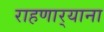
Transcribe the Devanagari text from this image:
राहणार्‍याना